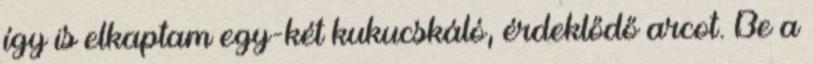
így is elkaptam egy-két kukucskáló, érdeklődő arcot. Be a